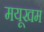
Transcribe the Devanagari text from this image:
मयूखम